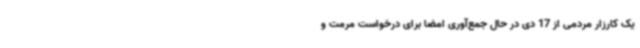
یک کارزار مردمی از 17 دی در حال جمع‌آوری امضا برای درخواست مرمت و